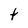
Character: t